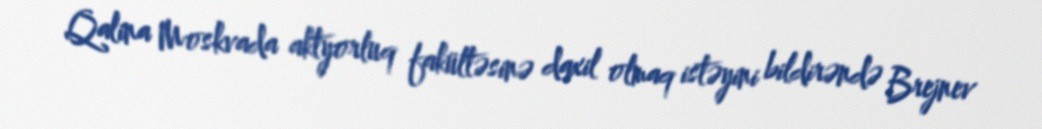
Qalina Moskvada aktyorluq fakültəsinə daxil olmaq istəyini bildirəndə Brejnev